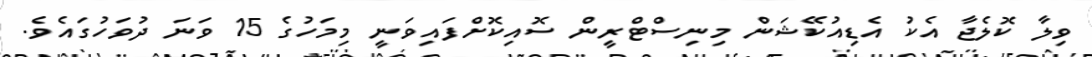
ވިލާ ކޮލެޖާ އެކު އެޑިއުކޭޝަން މިނިސްޓްރީން ސޮއިކޮށްފައިވަނީ މިމަހުގެ 15 ވަނަ ދުވަހުގައެވެ.